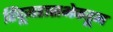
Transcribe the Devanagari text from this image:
हिंदूमहासभेकडून